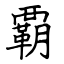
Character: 覇